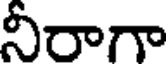
నీరాగా